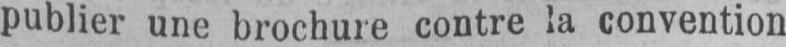
publier une brochure contre la convention